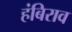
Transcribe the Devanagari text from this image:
हंबिराव